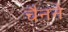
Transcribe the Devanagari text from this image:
चैनने